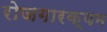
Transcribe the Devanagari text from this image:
रोजगारक्षम